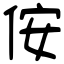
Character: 侒